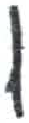
אות: ו